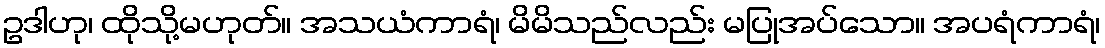
ဥဒါဟု၊ ထိုသို့မဟုတ်။ အသယံကာရံ၊ မိမိသည်လည်း မပြုအပ်သော။ အပရံကာရံ၊